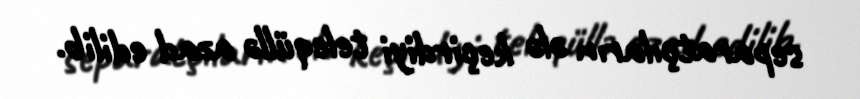
separatçıların ələ keçirdiyi teleqüllə azad edilib.